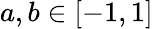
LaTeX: a,b\in[-1,1]